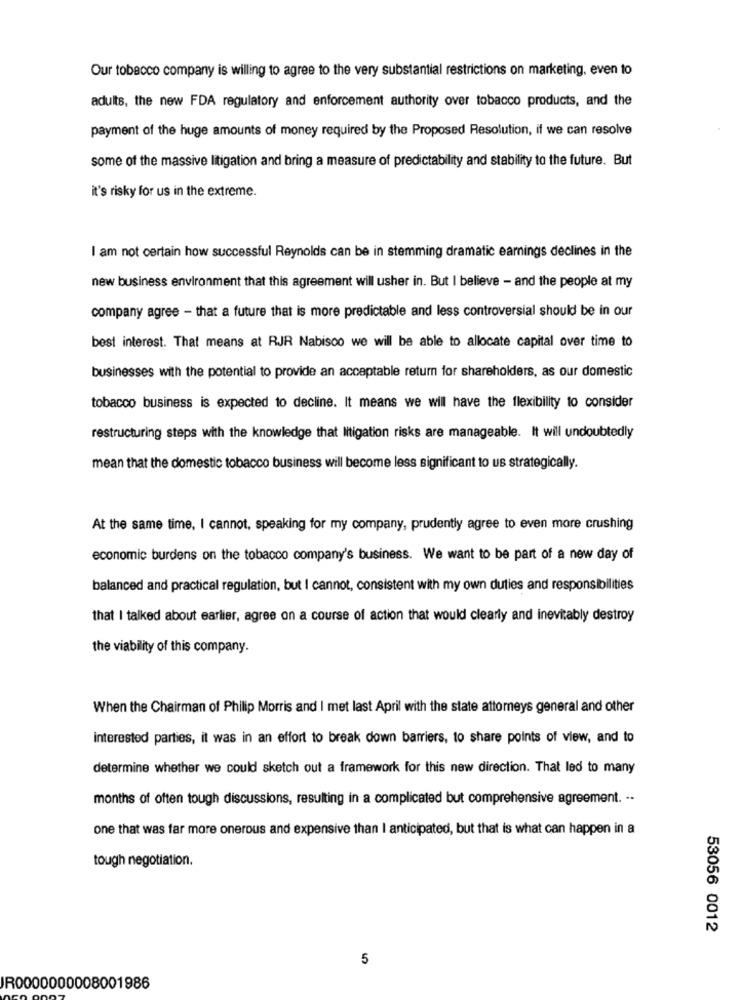
Our tobacco company is willing to agree to the very substantial restrictions on marketing, even to
adults, the new FDA regulatory and enforcement authority over tobacco products, and the
payment of the huge amounts of money required by the Proposed Resolution, if we can resolve
some of the massive litigation and bring a measure of predictability and stability to the future. But
it's risky for us in the extreme.
I am not certain how successful Reynolds can be in stemming dramatic earnings declines in the
new business environment that this agreement will usher in. But I believe - and the people at my
company agree - that a future that is more predictable and less controversial should be in our
best interest. That means at RJR Nabisco we will be able to allocate capital over time to
businesses with the potential to provide an acceptable return for shareholders, as our domestic
tobacco business is expected to decline. It means we will have the flexibility to consider
restructuring steps with the knowledge that litigation risks are manageable. It will undoubtedly
mean that the domestic tobacco business will become less significant to us strategically.
At the same time, I cannot, speaking for my company, prudently agree to even more crushing
economic burdens on the tobacco company's business. We want to be part of a new day of
balanced and practical regulation, but I cannot, consistent with my own duties and responsibilities
that I talked about earlier, agree on a course of action that would clearly and inevitably destroy
the viability of this company.
When the Chairman of Philip Morris and I met last April with the state attorneys general and other
interested parties, it was in an effort to break down barriers, to share points of view, and to
determine whether we could sketch out a framework for this new direction. That led to many
months of often tough discussions, resulting in a complicated but comprehensive agreement. ..
one that was far more onerous and expensive than I anticipated, but that is what can happen in a
tough negotiation.
53056 0012
5
R0000000008001986